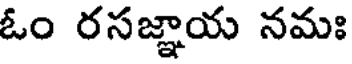
ఓం రసజ్ఞాయ నమః